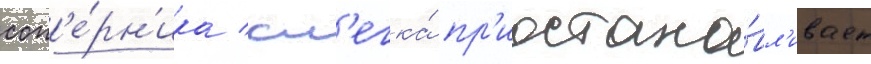
соп'е́рн'ика / сл'егка́ пр'иостана́вл'ивает